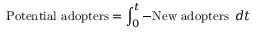
\ { \mathrm { P o t e n t i a l ~ a d o p t e r s } } = \int _ { 0 } ^ { t } { \mathrm { - N e w ~ a d o p t e r s ~ } } \, d t